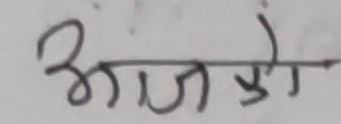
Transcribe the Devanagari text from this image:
आजको